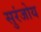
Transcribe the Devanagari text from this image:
सुरंजोय